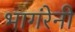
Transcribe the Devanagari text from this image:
भागंरेनी